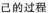
己的过程